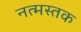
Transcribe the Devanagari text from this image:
नत्मस्तक